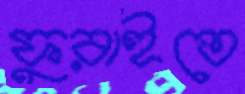
ফুরাইতে